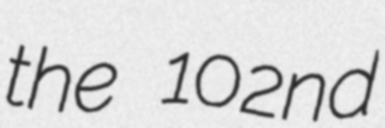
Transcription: the 102nd